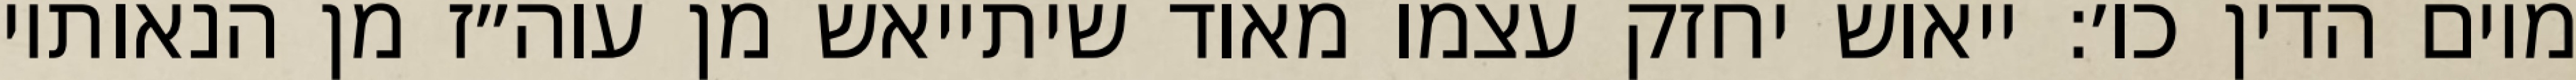
מיום הדין כו׳: ייאוש יחזק עצמו מאוד שיתייאש מן עוה״ז מן הנאותיו